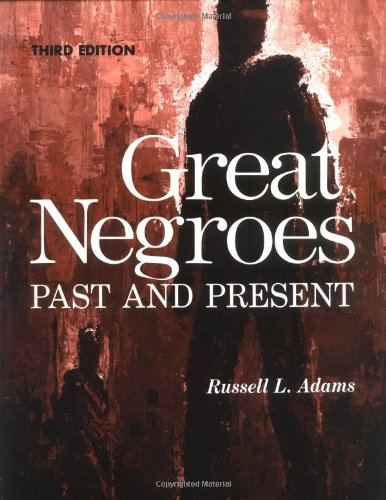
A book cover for Great Negroes: Past and Present: Volume One; Russell L. Adams; Teen & Young Adult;